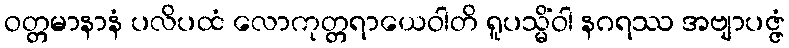
ဝတ္တမာနာနံ ပလိပထံ လောကုတ္တရာယေဝါတိ ရူပသ္မိံဝါ နဂရဿ အဗျာပဇ္ဇံ